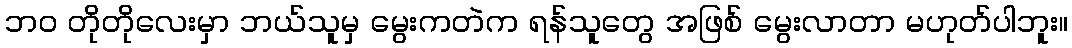
ဘဝ တိုတိုလေးမှာ ဘယ်သူမှ မွေးကတဲက ရန်သူတွေ အဖြစ် မွေးလာတာ မဟုတ်ပါဘူး။